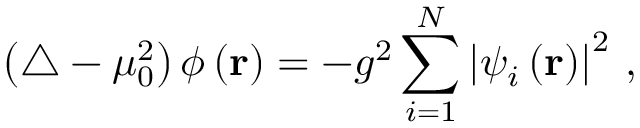
\left( \triangle - \mu _ { 0 } ^ { 2 } \right) \phi \left( { \bf r } \right) = - g ^ { 2 } \sum _ { i = 1 } ^ { N } \left| \psi _ { i } \left( { \bf r } \right) \right| ^ { 2 } \, ,